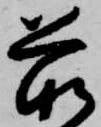
前